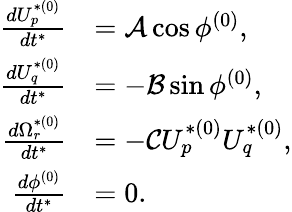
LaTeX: \begin{array}{rl}{\frac{dU_{p}^{*(0)}}{dt^{*}}}&{=\mathcal{A}\cos\phi^{(0)},}\\ {\frac{dU_{q}^{*(0)}}{dt^{*}}}&{=-\mathcal{B}\sin\phi^{(0)},}\\ {\frac{d\Omega_{r}^{*(0)}}{dt^{*}}}&{=-\mathcal{C}U_{p}^{*(0)}U_{q}^{*(0)},}\\ {\frac{d\phi^{(0)}}{dt^{*}}}&{=0.}\end{array}